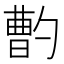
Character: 𱐽